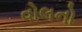
વોલનો